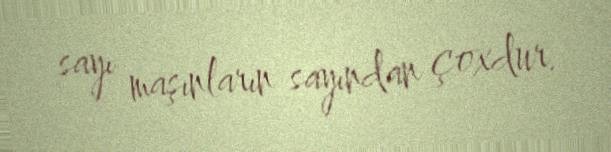
sayı maşınların sayından çoxdur.